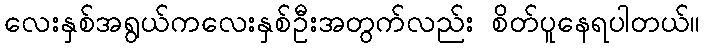
လေးနှစ်အရွယ်ကလေးနှစ်ဦးအတွက်လည်း စိတ်ပူနေရပါတယ်။